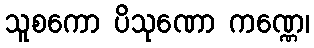
သူစကော ပိသုဏော ကဏ္ဏေ၊